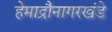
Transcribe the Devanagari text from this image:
हेमाद्रौनागरखंडे